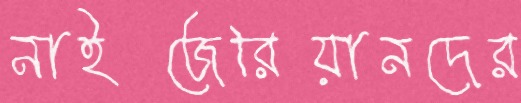
নাইজেরিয়ানদের